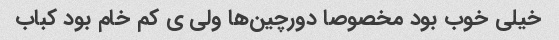
خیلی خوب بود مخصوصا دورچین‌ها ولی ی کم خام بود کباب